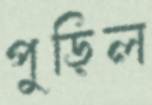
পুড়িল